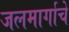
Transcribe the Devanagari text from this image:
जलमार्गाचे